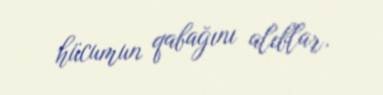
hücumun qabağını alıblar.